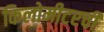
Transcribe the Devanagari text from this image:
किलोमीटरची